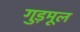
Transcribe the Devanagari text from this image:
गुड़मूल